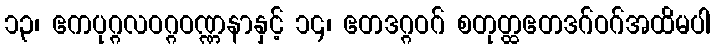
၁၃၊ ဧကပုဂ္ဂလဝဂ္ဂဝဏ္ဏနာနှင့် ၁၄၊ ဧတဒဂ္ဂဝဂ် စတုတ္ထဧတဒဂ်ဝဂ်အထိမပါ